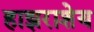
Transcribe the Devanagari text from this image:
हाझराशेय